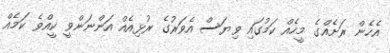
އެހެން ރަށެއްގެ މީހެއް ކަމުގައި ވިޔަސް އެވަރުގެ ރުޅިއެއް އަންނަންވީ ކީއްވެ ކަމެއް